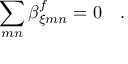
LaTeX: \sum _ { m n } \beta _ { \xi m n } ^ { f } = 0 ~ ~ ~ .